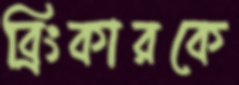
ব্রিংকারকে